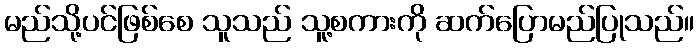
မည်သို့ပင်ဖြစ်စေ သူသည် သူ့စကားကို ဆက်ပြောမည်ပြုသည်။